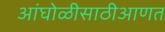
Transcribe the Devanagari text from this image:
आंघोळीसाठीआणत